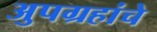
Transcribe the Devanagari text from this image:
अुपग्रहांचे